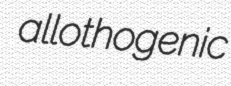
allothogenic